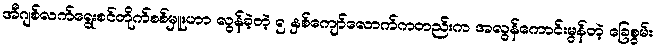
အီဂျစ်လက်ရွေးစင်တိုက်စစ်မှူးဟာ လွန်ခဲ့တဲ့ ၅ နှစ်ကျော်လောက်ကတည်းက အလွန်ကောင်းမွန်တဲ့ ခြေစွမ်း